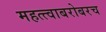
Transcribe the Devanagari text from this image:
महत्त्वाबरोबरच